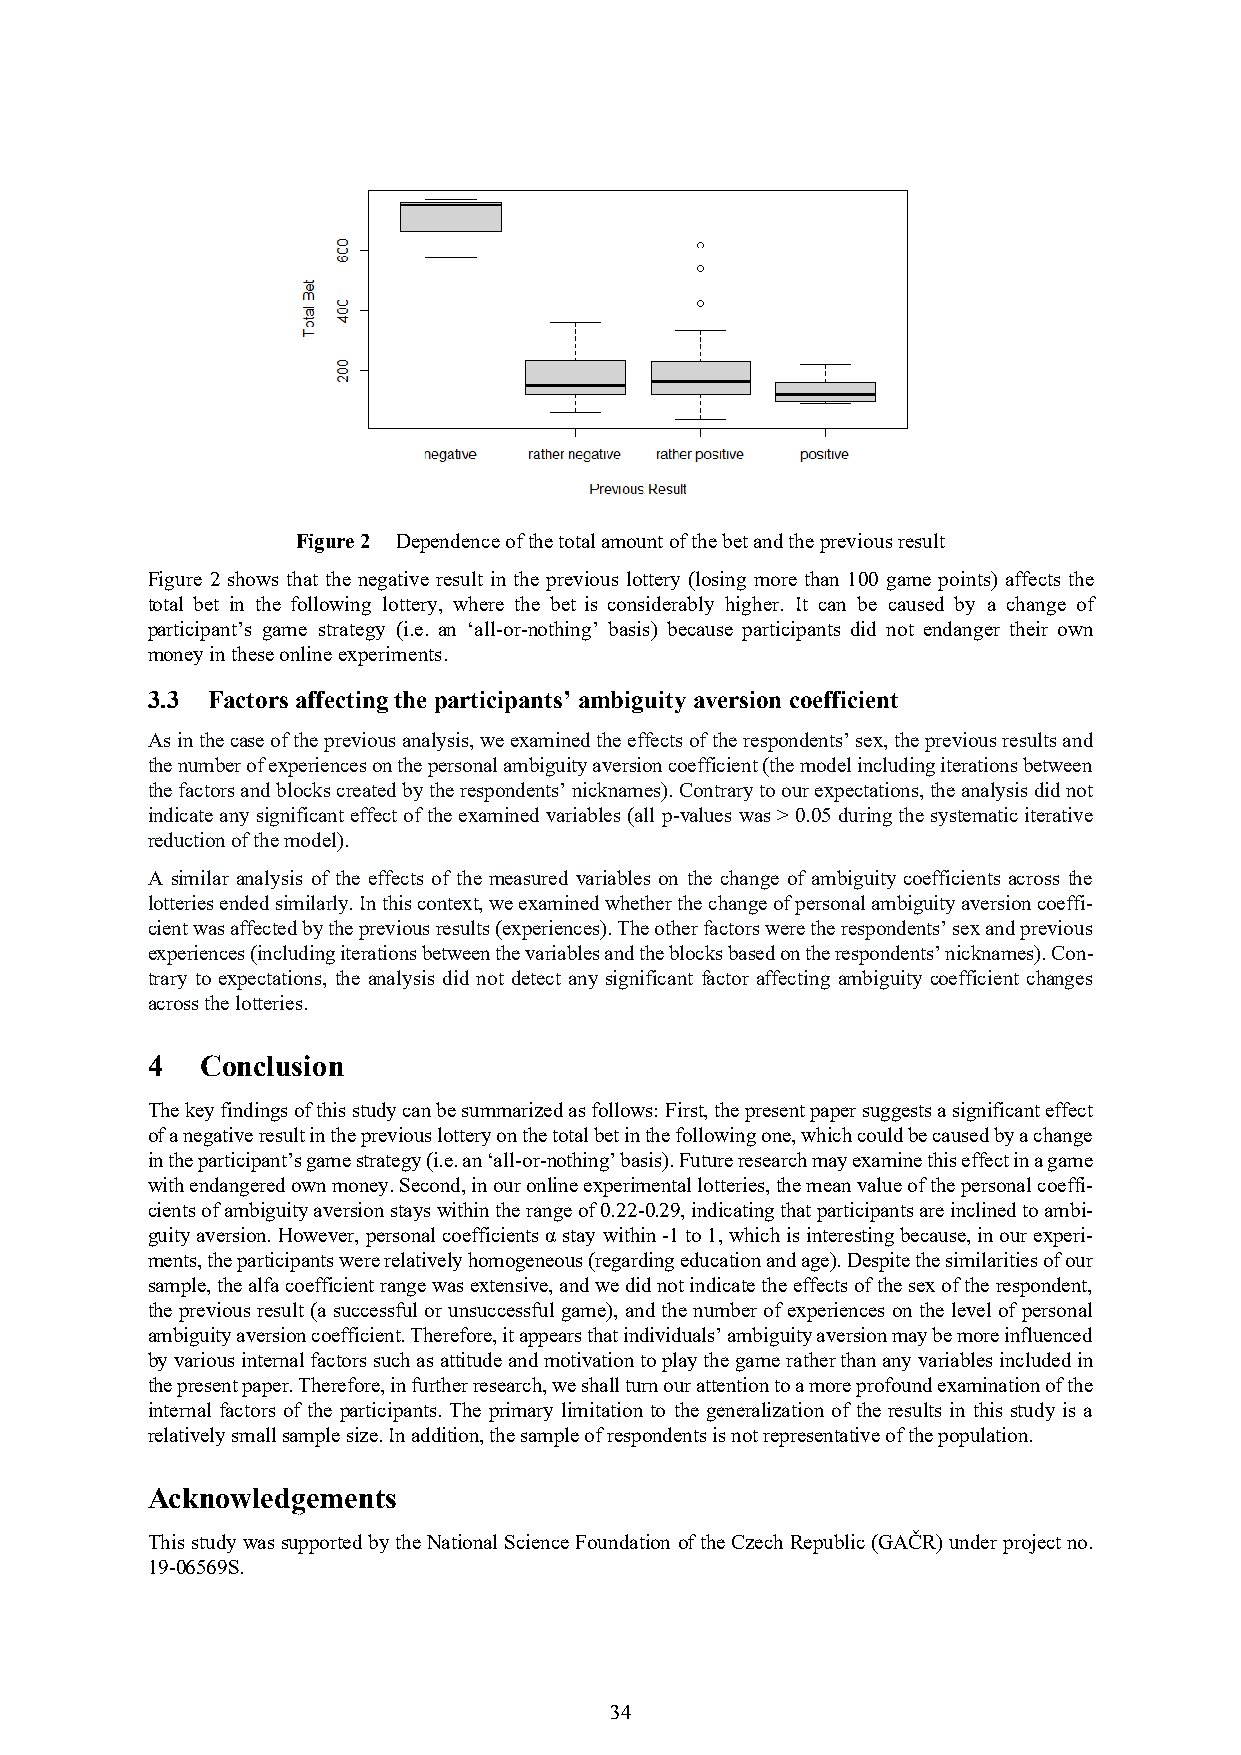
Figure 2 Dependence of the total amount of the bet and the previous result
 Figure 2 shows that the negative result in the previous lottery (losing more than 100 game points) affects the
 total bet in the following lottery, where the bet is considerably higher. It can be caused by a change of
 participant’s game strategy (i.e. an ‘all-or-nothing’ basis) because participants did not endanger their own
 money in these online experiments.
 3.3 Factors affecting the participants’ ambiguity aversion coefficient
 As in the case of the previous analysis, we examined the effects of the respondents’ sex, the previous results and
 the number of experiences on the personal ambiguity aversion coefficient (the model including iterations between
 the factors and blocks created by the respondents’ nicknames). Contrary to our expectations, the analysis did not
 indicate any significant effect of the examined variables (all p-values was > 0.05 during the systematic iterative
 reduction of the model).
 A similar analysis of the effects of the measured variables on the change of ambiguity coefficients across the
 lotteries ended similarly. In this context, we examined whether the change of personal ambiguity aversion coeffi-
 cient was affected by the previous results (experiences). The other factors were the respondents’ sex and previous
 experiences (including iterations between the variables and the blocks based on the respondents’ nicknames). Con-
 trary to expectations, the analysis did not detect any significant factor affecting ambiguity coefficient changes
 across the lotteries.
 4  Conclusion
 The key findings of this study can be summarized as follows: First, the present paper suggests a significant effect
 of a negative result in the previous lottery on the total bet in the following one, which could be caused by a change
 in the participant’s game strategy (i.e. an ‘all-or-nothing’ basis). Future research may examine this effect in a game
 with endangered own money. Second, in our online experimental lotteries, the mean value of the personal coeffi-
 cients of ambiguity aversion stays within the range of 0.22-0.29, indicating that participants are inclined to ambi-
 guity aversion. However, personal coefficients α stay within -1 to 1, which is interesting because, in our experi-
 ments, the participants were relatively homogeneous (regarding education and age). Despite the similarities of our
 sample, the alfa coefficient range was extensive, and we did not indicate the effects of the sex of the respondent,
 the previous result (a successful or unsuccessful game), and the number of experiences on the level of personal
 ambiguity aversion coefficient. Therefore, it appears that individuals’ ambiguity aversion may be more influenced
 by various internal factors such as attitude and motivation to play the game rather than any variables included in
 the present paper. Therefore, in further research, we shall turn our attention to a more profound examination of the
 internal factors of the participants. The primary limitation to the generalization of the results in this study is a
 relatively small sample size. In addition, the sample of respondents is not representative of the population.
 Acknowledgements
 This study was supported by the National Science Foundation of the Czech Republic (GAČR) under project no.
 19-06569S.
 34